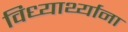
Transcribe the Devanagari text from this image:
विध्यार्थ्याना